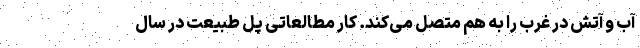
آب و آتش در غرب را به هم متصل می‌کند. کار مطالعاتی پل طبیعت در سال